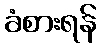
ခံစားရန်